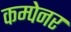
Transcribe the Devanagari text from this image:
कम्पेनर